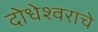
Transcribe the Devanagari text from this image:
दोधेश्वराचे